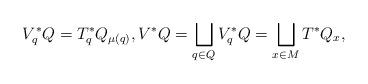
LaTeX: \begin{gather*} V ^\ast_q Q = T ^\ast _q Q _{ \mu (q) } , V ^\ast Q = \bigsqcup _{ q \in Q } V _q ^\ast Q = \bigsqcup _{ x \in M } T ^\ast Q _x , \end{gather*}